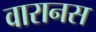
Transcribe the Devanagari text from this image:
वारानस